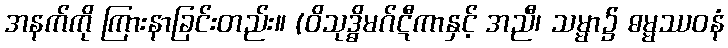
အနက်ကို ကြားနာခြင်းတည်း။ (ဝိသုဒ္ဓိမဂ်ဋီကာနှင့် အညီ၊ သမ္မာ၌ ဓမ္မဿဝနံ